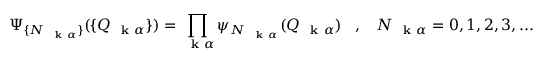
\Psi _ { \{ N _ { \mathrm { ~ \bf ~ k ~ } \alpha } \} } ( \{ Q _ { \mathrm { ~ \bf ~ k ~ } \alpha } \} ) = \prod _ { \mathrm { ~ \bf ~ k ~ } \alpha } \psi _ { N _ { \mathrm { ~ \bf ~ k ~ } \alpha } } ( Q _ { \mathrm { ~ \bf ~ k ~ } \alpha } ) \; \; \; , \; \; \; N _ { \mathrm { ~ \bf ~ k ~ } \alpha } = 0 , 1 , 2 , 3 , . . .